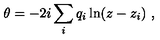
\theta = - 2 i \sum _ { i } q _ { i } \ln ( z - z _ { i } ) \ ,